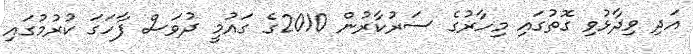
އަދި ވިދާޅުވި ގޮތުގައި މިހާރުގެ ސަރުކާރުން 2010ގެ ގައުމީ ދުވަސް ފާހަގަ ކުރުމުގައި